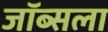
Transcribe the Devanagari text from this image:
जॉब्सला